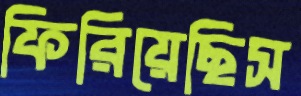
ফিরিয়েছিস